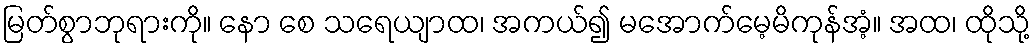
မြတ်စွာဘုရားကို။ နော စေ သရေယျာထ၊ အကယ်၍ မအောက်မေ့မိကုန်အံ့။ အထ၊ ထိုသို့